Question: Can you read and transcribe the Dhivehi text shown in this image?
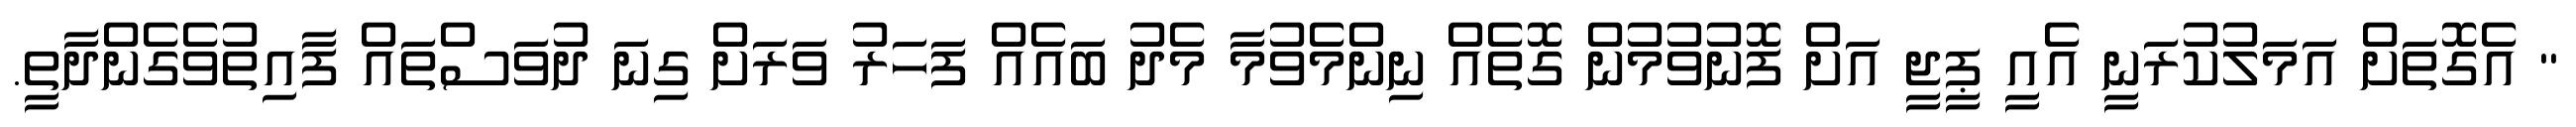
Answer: " އެގޮތަށް އަމަލުކުރަނީ އެއީ ޕީޖީ އަށް ފޮނުވުމުން ގޮތެއް ނިންމެވުމާ މެދު ބައެއް ފަހަރު ވަރަށް ގިނަ ދުވަސްތައް ފާއިތުވެގެންދާތީ.